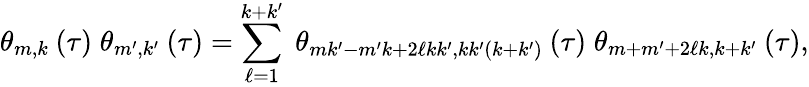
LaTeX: \theta_{m,k}\: (\tau)\; \theta_{m^{\prime},k^{\prime}}\: (\tau)=\sum_{\ell=1}^{k+k^{\prime}}\; \theta_{mk^{\prime}-m^{\prime}k+2\ell kk^{\prime},kk^{\prime}(k+k^{\prime})}\: (\tau)\; \theta_{m+m^{\prime}+2\ell k,k+k^{\prime}}\: (\tau),